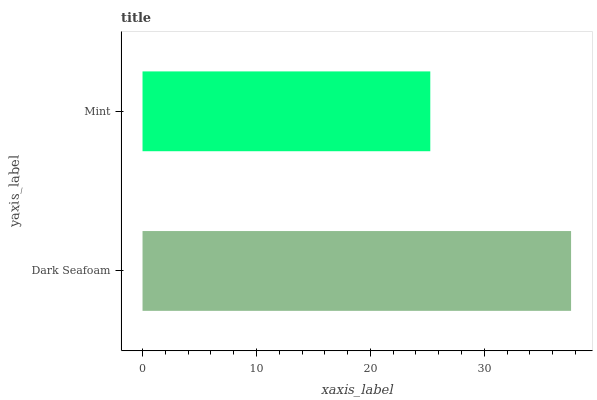
| yaxis_label | bars |
 | --- | --- |
 | Dark Seafoam | 37.6 |
 | Mint | 25.3 |